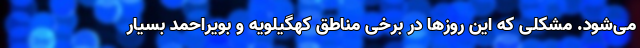
می‌شود. مشکلی که این روزها در برخی مناطق کهگیلویه و بویراحمد بسیار